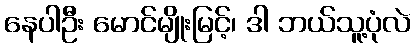
နေပါဦး မောင်မျိုးမြင့်၊ ဒါ ဘယ်သူ့ပုံလဲ